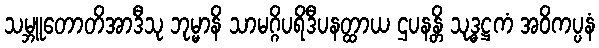
သမ္ဘူတောတိအာဒီသု ဘုမ္မာနိ သာမဂ္ဂိပရိဒီပနတ္ထာယ ဌပနန္တိ သုဒ္ဓဋ္ဌကံ အဝိကပ္ပနံ